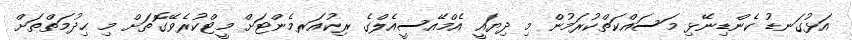
އަޅުގަނޑު ކެންޑިނޭޅި މަސައްކަތްކުރަމުން މި ދިޔައީ އެމްއޭސީއެލްގެ ރިކުއަރމެންޓަށް މީޓްކުރެވޭގޮތަށް މި ޙިދުމަތްތަށް